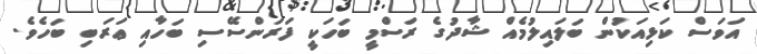
އަވަސް ކަޅިއަކުން ބަލައިލުމެއް ޝާދުގެ ރަސްމީ ބަހަކީ ފަރަންސޭސި ބަހާއި ޢަރަބި ބަހެވެ.